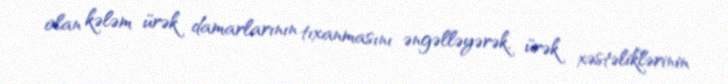
olan kələm ürək damarlarının tıxanmasını əngəlləyərək, ürək xəstəliklərinin